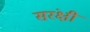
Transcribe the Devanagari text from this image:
सरंक्षी